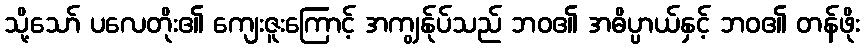
သို့သော် ပလေတိုး၏ ကျေးဇူးကြောင့် အကျွန်ုပ်သည် ဘဝ၏ အဓိပ္ပာယ်နှင့် ဘဝ၏ တန်ဖိုး